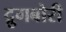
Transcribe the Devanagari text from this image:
द्रुगबोरी